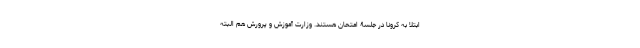
ابتلا به کرونا در جلسۀ امتحان هستند. وزارت آموزش و پرورش هم البته